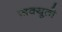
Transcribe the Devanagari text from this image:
ज़क्यूतो